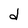
Character: d